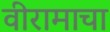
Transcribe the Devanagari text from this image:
वीरामाचा